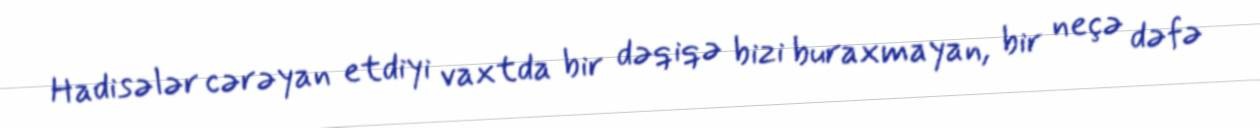
Hadisələr cərəyan etdiyi vaxtda bir dəqiqə bizi buraxmayan, bir neçə dəfə